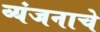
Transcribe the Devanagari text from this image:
व्यंजनाचे